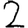
Digit: 2